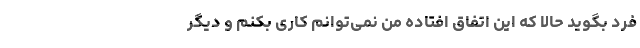
فرد بگوید حالا که این اتفاق افتاده من نمی‌توانم کاری بکنم و دیگر